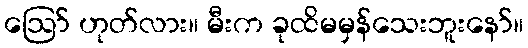
ဪ ဟုတ်လား။ မီးက ခုထိမမှန်သေးဘူးနော်။